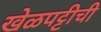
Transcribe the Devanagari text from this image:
खेळपट्टीची